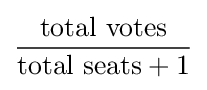
{\frac {\text{total votes}}{{\text{total seats}}+1}}